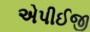
એપીઈજી